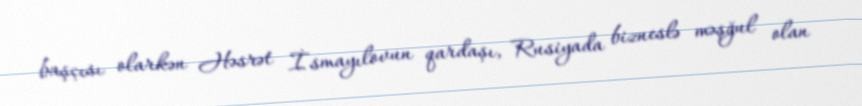
başçısı olarkən Həsrət İsmayılovun qardaşı, Rusiyada bizneslə məşğul olan